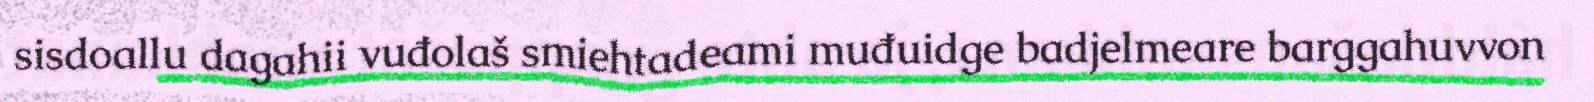
sisdoallu dagahii vuđolaš smiehtadeami muđuidge badjelmeare barggahuvvon